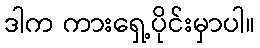
ဒါက ကားရှေ့ပိုင်းမှာပါ။